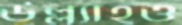
উল্ল্যাহও